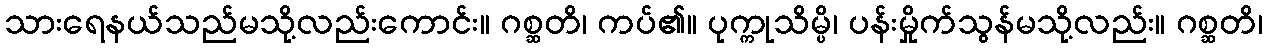
သားရေနယ်သည်မသို့လည်းကောင်း။ ဂစ္ဆတိ၊ ကပ်၏။ ပုက္ကုသိမ္ပိ၊ ပန်းမှိုက်သွန်မသို့လည်း။ ဂစ္ဆတိ၊